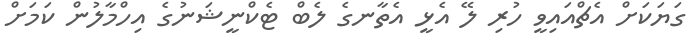
ގަޔަކަށް އެޗްއައިވީ ހުރި ލޭ އެޅީ އެތާނގެ ލެބް ޓެކްނީޝަނުގެ އިހްމާލުން ކަމަށް